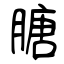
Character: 膅